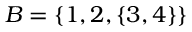
B = \{ 1 , 2 , \{ 3 , 4 \} \}